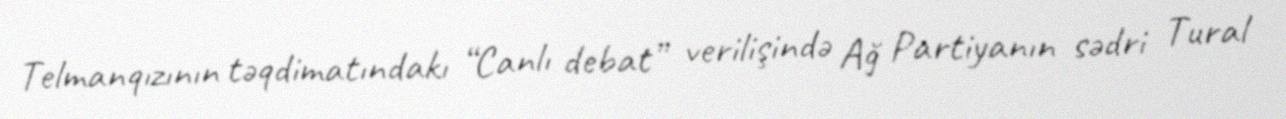
Telmanqızının təqdimatındakı “Canlı debat” verilişində Ağ Partiyanın sədri Tural